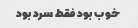
خوب بود فقط سرد بود